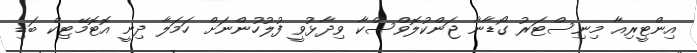
އިންޓީރިއާ މިނިސްޓަރު ގޯޑާނާ ޖަންކުލޮވްސްކާ ވިދާޅުވީ ފުލުހުންނަށް ހަމަލާ ދިނީ އޮޓޮމޭޓިކް ބަޑި